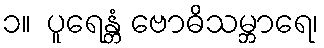
၁။  ပူရေန္တံ ဗောဓိသမ္ဘာရေ၊